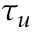
\tau _ { u }